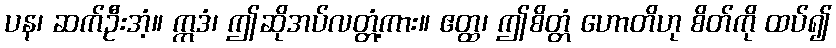
ပန၊ ဆက်ဦးအံ့။ ဣဒံ၊ ဤဆိုအပ်လတ္တံ့ကား။ ဧတ္ထ၊ ဤစိတ္တံ ဟောတိဟု စိတ်ကို ထပ်၍